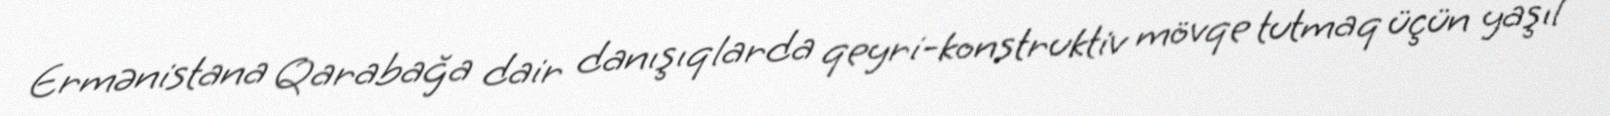
Ermənistana Qarabağa dair danışıqlarda qeyri-konstruktiv mövqe tutmaq üçün yaşıl